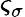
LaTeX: \varsigma_{\sigma}